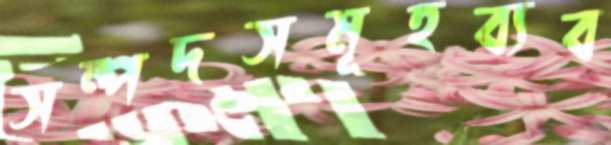
সম্পদসমূহব্যব